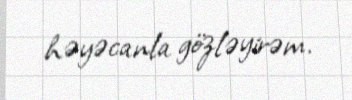
həyəcanla gözləyirəm.